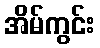
အိမ်ကွင်း